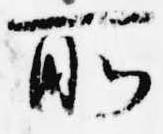
所